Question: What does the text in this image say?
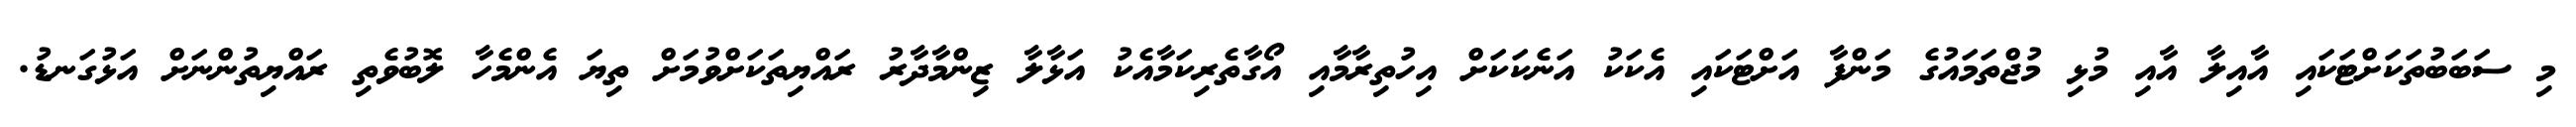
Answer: މި ސަބަބުތަކަށްޓަކައި އާއިލާ އާއި މުޅި މުޖްތަމައުގެ މަންފާ އަށްޓަކައި އެކަކު އަނެކަކަށް އިހުތިރާމާއި އޯގާތެރިކަމާއެކު އަޅާލާ ޒިންމާދާރު ރައްޔިތަކަށްވުމަށް ތިޔަ އެންމެހާ ލޮބުވެތި ރައްޔިތުންނަށް އަޅުގަނޑު.